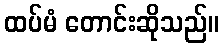
ထပ်မံ တောင်းဆိုသည်။